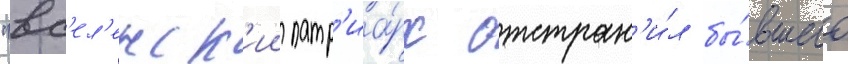
"вс'ел'енск'ии патр'иа́рх отстран'и́л бы́вшего